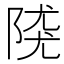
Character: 𨺖